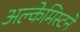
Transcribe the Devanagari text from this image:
अल्केमिस्टने